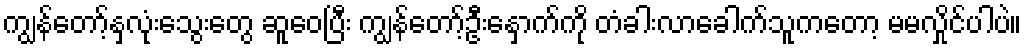
ကျွန်တော့်နှလုံးသွေးတွေ ဆူဝေပြီး ကျွန်တော့်ဦးနှောက်ကို တံခါးလာခေါက်သူကတော့ မမလှိုင်ပါပဲ။